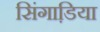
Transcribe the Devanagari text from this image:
सिंगाडि़या